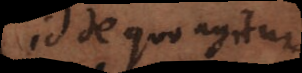
id de quo agitur